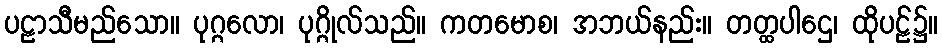
ပဠာသီမည်သော။ ပုဂ္ဂလော၊ ပုဂ္ဂိုလ်သည်။ ကတမောစ၊ အဘယ်နည်း။ တတ္ထပါဌေ၊ ထိုပဠ်၌။